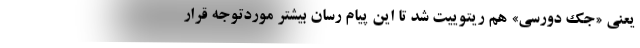
یعنی «جک دورسی» هم ریتوییت شد تا این پیام رسان بیشتر موردتوجه قرار